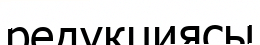
редукциясы